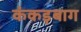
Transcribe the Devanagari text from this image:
कंकड़बाग